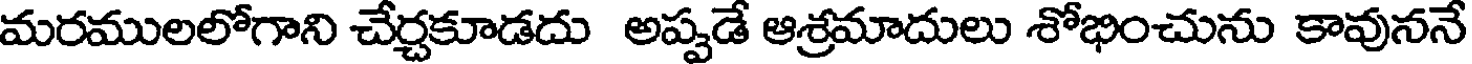
మరములలోగాని చేర్చకూడదు అప్పడే ఆశ్రమాదులు శోభించును కావుననే